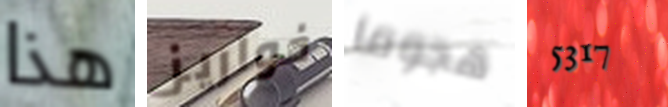
هذا خواريز هجوما 5317